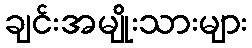
ချင်းအမျိုးသားများ